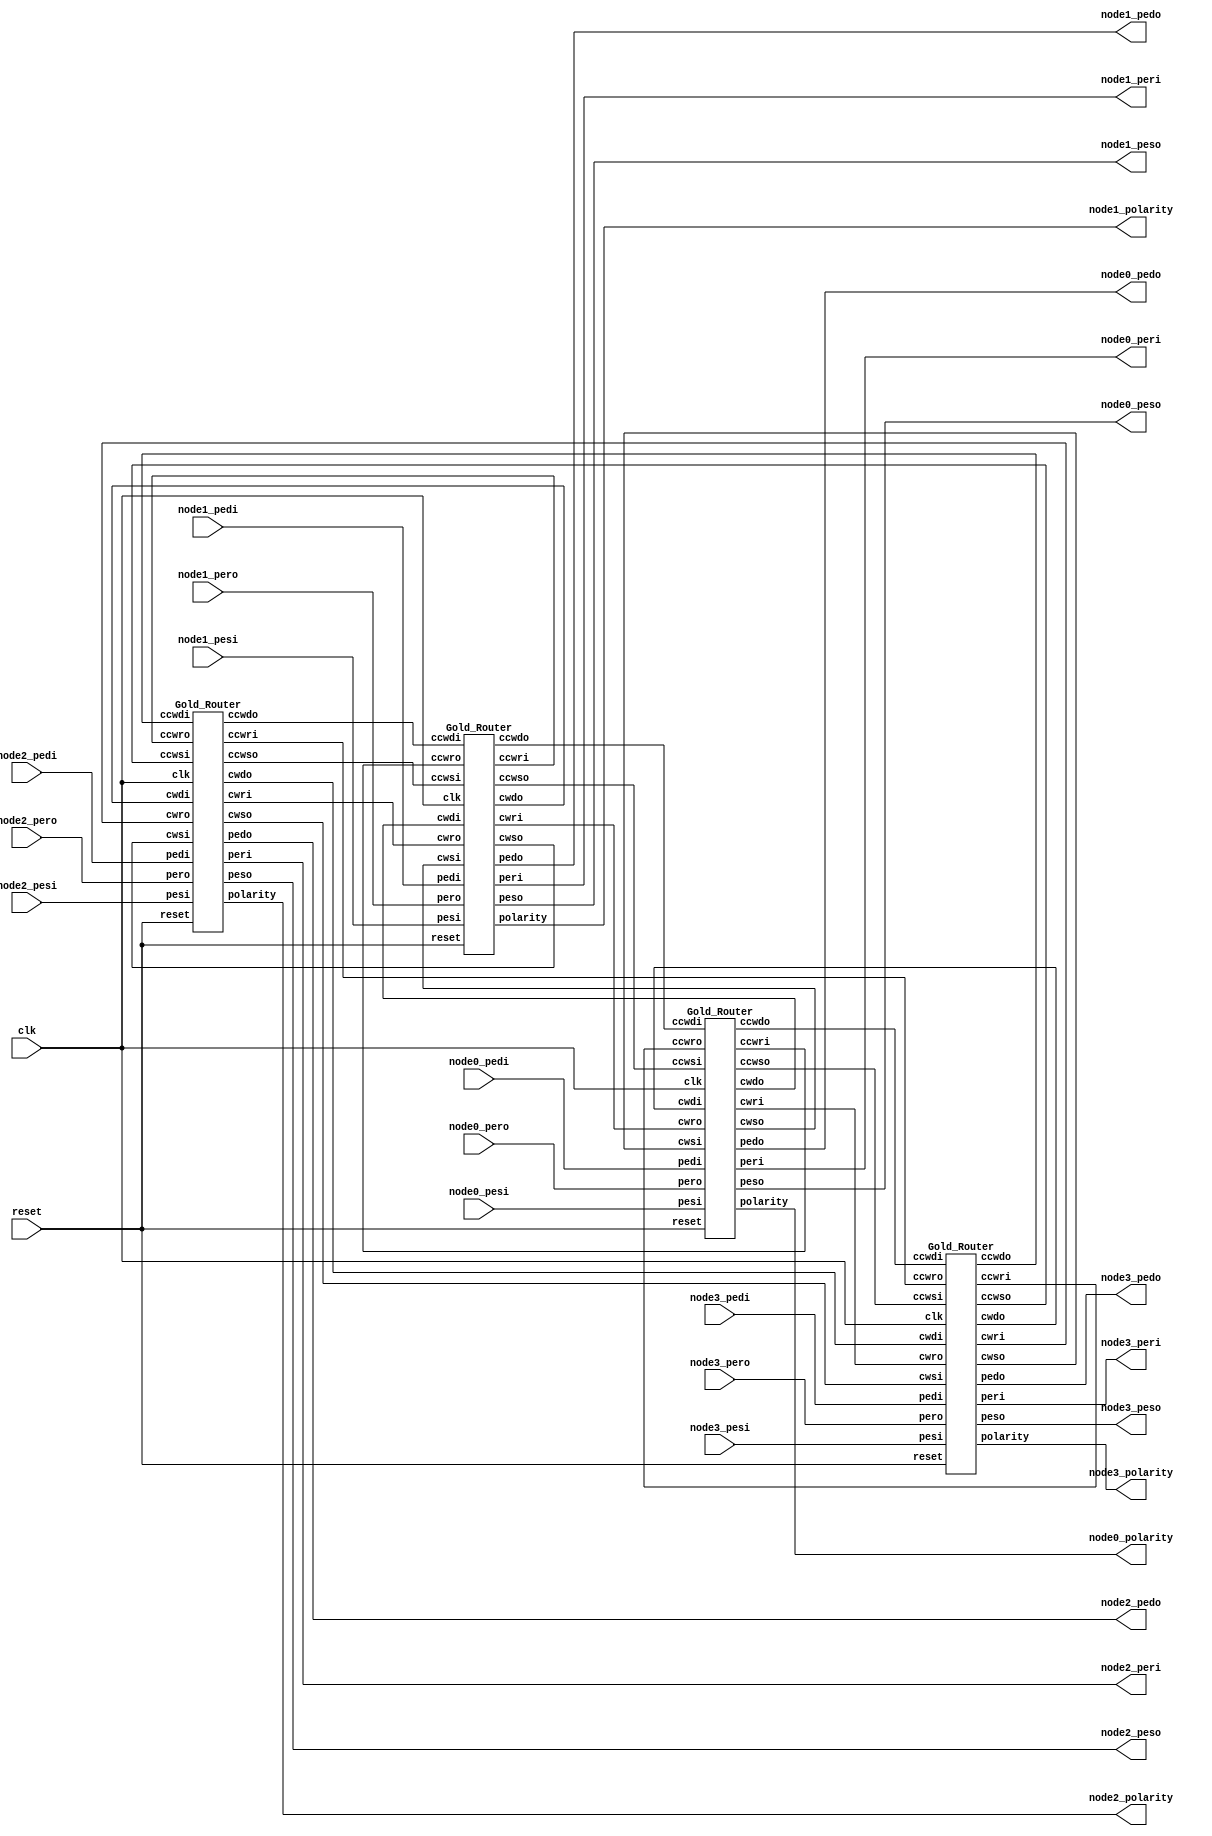
`timescale 1ns/10ps

// Top Module
module Gold_Router_Ring #(
	parameter DEPTH = 1,
	parameter WIDTH = 64)
	(
	input clk, reset,
	output wire node0_polarity, node1_polarity, node2_polarity, node3_polarity,
	
	input node0_pesi,
	output wire node0_peri,
	input [63:0] node0_pedi,
	output wire node0_peso,
	input node0_pero,
	output wire [63:0] node0_pedo,
	
	input node1_pesi,
	output wire node1_peri,
	input [63:0] node1_pedi,
	output wire node1_peso,
	input node1_pero,
	output wire [63:0] node1_pedo,
	
	input node2_pesi,
	output wire node2_peri,
	input [63:0] node2_pedi,
	output wire node2_peso,
	input node2_pero,
	output wire [63:0] node2_pedo,
	
	input node3_pesi,
	output wire node3_peri,
	input [63:0] node3_pedi,
	output wire node3_peso,
	input node3_pero,
	output wire [63:0] node3_pedo
	);
	
	// node0 nets
	wire node0_cwri, node0_ccwso, node0_cwso, node0_ccwri;
	wire [63:0] node0_ccwdo, node0_cwdo;
	
	// node1 nets
	wire node1_cwri, node1_ccwso, node1_cwso, node1_ccwri;
	wire [63:0] node1_ccwdo, node1_cwdo;
	
	// node2 nets
	wire node2_cwri, node2_ccwso, node2_cwso, node2_ccwri;
	wire [63:0] node2_ccwdo, node2_cwdo;
	
	// node3 nets
	wire node3_cwri, node3_ccwso, node3_cwso, node3_ccwri;
	wire [63:0] node3_ccwdo, node3_cwdo;
	
	Gold_Router 
	node0(.clk(clk), .reset(reset), .polarity(node0_polarity), .pesi(node0_pesi), .peri(node0_peri), .pedi(node0_pedi), .peso(node0_peso), .pero(node0_pero), .pedo(node0_pedo), .cwsi(node3_cwso), .cwri(node0_cwri), .cwdi(node3_cwdo), .ccwso(node0_ccwso), .ccwro(node3_ccwri), .ccwdo(node0_ccwdo), .cwso(node0_cwso), .cwro(node1_cwri), .cwdo(node0_cwdo), .ccwsi(node1_ccwso), .ccwri(node0_ccwri), .ccwdi(node1_ccwdo));
	
	Gold_Router 
	node1(.clk(clk), .reset(reset), .polarity(node1_polarity), .pesi(node1_pesi), .peri(node1_peri), .pedi(node1_pedi), .peso(node1_peso), .pero(node1_pero), .pedo(node1_pedo), .cwsi(node0_cwso), .cwri(node1_cwri), .cwdi(node0_cwdo), .ccwso(node1_ccwso), .ccwro(node0_ccwri), .ccwdo(node1_ccwdo), .cwso(node1_cwso), .cwro(node2_cwri), .cwdo(node1_cwdo), .ccwsi(node2_ccwso), .ccwri(node1_ccwri), .ccwdi(node2_ccwdo));
	
	Gold_Router  
	node2(.clk(clk), .reset(reset), .polarity(node2_polarity), .pesi(node2_pesi), .peri(node2_peri), .pedi(node2_pedi), .peso(node2_peso), .pero(node2_pero), .pedo(node2_pedo), .cwsi(node1_cwso), .cwri(node2_cwri), .cwdi(node1_cwdo), .ccwso(node2_ccwso), .ccwro(node1_ccwri), .ccwdo(node2_ccwdo), .cwso(node2_cwso), .cwro(node3_cwri), .cwdo(node2_cwdo), .ccwsi(node3_ccwso), .ccwri(node2_ccwri), .ccwdi(node3_ccwdo));
	
	Gold_Router  
	node3(.clk(clk), .reset(reset), .polarity(node3_polarity), .pesi(node3_pesi), .peri(node3_peri), .pedi(node3_pedi), .peso(node3_peso), .pero(node3_pero), .pedo(node3_pedo), .cwsi(node2_cwso), .cwri(node3_cwri), .cwdi(node2_cwdo), .ccwso(node3_ccwso), .ccwro(node2_ccwri), .ccwdo(node3_ccwdo), .cwso(node3_cwso), .cwro(node0_cwri), .cwdo(node3_cwdo), .ccwsi(node0_ccwso), .ccwri(node3_ccwri), .ccwdi(node0_ccwdo));
endmodule

// Single Router
module Gold_Router #(
	parameter DEPTH = 1,
	parameter WIDTH = 64)
	(
	input clk, reset,
	output reg polarity,
	input cwsi, ccwsi, pesi,
	output reg cwri, ccwri, peri,
	input [63:0] cwdi, ccwdi, pedi,
	output reg cwso, ccwso, peso,
	input cwro, ccwro, pero,
	output reg [63:0] cwdo, ccwdo, pedo);
	
	reg[63:0] cwdi_int, ccwdi_int, pedi_int;	// Internal data signals
	reg cwdi_int_empty, ccwdi_int_empty, pedi_int_empty, cwdo_int_full, ccwdo_int_full, pedo_int_full;	// Internal Full/Empty
	wire [7:0] cwdi_int_hop, ccwdi_int_hop, pedi_int_hop;	// Hop Count
	wire [7:0] cwdi_int_hop_minus_one, ccwdi_int_hop_minus_one, pedi_int_hop_minus_one;	// Hop Count Minus One
	
	// data[63] vc;
	// data[62] dir;
	// data[61:56] reserved;
	// data[55:48] hop_count;
	// data[47:32] source;
	// data[31:0] payload;
	
	// Input Buffers
	reg write_cwdi_0, read_cwdi_0;
	wire empty_cwdi_0, full_cwdi_0;
	wire [63:0] Dout_cwdi_0;
	reg write_cwdi_1, read_cwdi_1;
	wire empty_cwdi_1, full_cwdi_1;
	wire [63:0] Dout_cwdi_1;
	
	reg write_ccwdi_0, read_ccwdi_0;
	wire empty_ccwdi_0, full_ccwdi_0;
	wire [63:0] Dout_ccwdi_0;
	reg write_ccwdi_1, read_ccwdi_1;
	wire empty_ccwdi_1, full_ccwdi_1;
	wire [63:0] Dout_ccwdi_1;
	
	reg write_pedi_0, read_pedi_0;
	wire empty_pedi_0, full_pedi_0;
	wire [63:0] Dout_pedi_0;
	reg write_pedi_1, read_pedi_1;
	wire empty_pedi_1, full_pedi_1;
	wire [63:0] Dout_pedi_1;
	
	// Output Buffers
	reg write_cwdo_0, read_cwdo_0;
	wire empty_cwdo_0, full_cwdo_0;
	reg [63:0] Din_cwdo_0;
	wire [63:0] Dout_cwdo_0;
	reg write_cwdo_1, read_cwdo_1;
	wire empty_cwdo_1, full_cwdo_1;
	reg [63:0] Din_cwdo_1;
	wire [63:0] Dout_cwdo_1;
	
	reg write_ccwdo_0, read_ccwdo_0;
	wire empty_ccwdo_0, full_ccwdo_0;
	reg [63:0] Din_ccwdo_0;
	wire [63:0] Dout_ccwdo_0;
	reg write_ccwdo_1, read_ccwdo_1;
	wire empty_ccwdo_1, full_ccwdo_1;
	reg [63:0] Din_ccwdo_1; 
	wire [63:0] Dout_ccwdo_1;
	
	reg write_pedo_0, read_pedo_0;
	wire empty_pedo_0, full_pedo_0;
	reg [63:0] Din_pedo_0;
	wire [63:0] Dout_pedo_0;
	reg write_pedo_1, read_pedo_1;
	wire empty_pedo_1, full_pedo_1;
	reg [63:0] Din_pedo_1;
	wire [63:0] Dout_pedo_1;
	
	
	// Input Buffers
	Buffer 
	cwdi_0(.clk(clk), .reset(reset), .write(write_cwdi_0), .read(read_cwdi_0), .Din(cwdi[63:0]), .empty(empty_cwdi_0), .full(full_cwdi_0), .Dout(Dout_cwdi_0));
	Buffer
	cwdi_1(.clk(clk), .reset(reset), .write(write_cwdi_1), .read(read_cwdi_1), .Din(cwdi[63:0]), .empty(empty_cwdi_1), .full(full_cwdi_1), .Dout(Dout_cwdi_1));
	
	Buffer 
	ccwdi_0(.clk(clk), .reset(reset), .write(write_ccwdi_0), .read(read_ccwdi_0), .Din(ccwdi[63:0]), .empty(empty_ccwdi_0), .full(full_ccwdi_0), .Dout(Dout_ccwdi_0));
	Buffer
	ccwdi_1(.clk(clk), .reset(reset), .write(write_ccwdi_1), .read(read_ccwdi_1), .Din(ccwdi[63:0]), .empty(empty_ccwdi_1), .full(full_ccwdi_1), .Dout(Dout_ccwdi_1));
	
	Buffer 
	pedi_0(.clk(clk), .reset(reset), .write(write_pedi_0), .read(read_pedi_0), .Din(pedi[63:0]), .empty(empty_pedi_0), .full(full_pedi_0), .Dout(Dout_pedi_0));
	Buffer
	pedi_1(.clk(clk), .reset(reset), .write(write_pedi_1), .read(read_pedi_1), .Din(pedi[63:0]), .empty(empty_pedi_1), .full(full_pedi_1), .Dout(Dout_pedi_1));
	
	
	
	// Output Buffers
	Buffer 
	cwdo_0(.clk(clk), .reset(reset), .write(write_cwdo_0), .read(read_cwdo_0), .Din(Din_cwdo_0), .empty(empty_cwdo_0), .full(full_cwdo_0), .Dout(Dout_cwdo_0));
	Buffer
	cwdo_1(.clk(clk), .reset(reset), .write(write_cwdo_1), .read(read_cwdo_1), .Din(Din_cwdo_1), .empty(empty_cwdo_1), .full(full_cwdo_1), .Dout(Dout_cwdo_1));
	
	Buffer 
	ccwdo_0(.clk(clk), .reset(reset), .write(write_ccwdo_0), .read(read_ccwdo_0), .Din(Din_ccwdo_0), .empty(empty_ccwdo_0), .full(full_ccwdo_0), .Dout(Dout_ccwdo_0));
	Buffer
	ccwdo_1(.clk(clk), .reset(reset), .write(write_ccwdo_1), .read(read_ccwdo_1), .Din(Din_ccwdo_1), .empty(empty_ccwdo_1), .full(full_ccwdo_1), .Dout(Dout_ccwdo_1));
	
	Buffer 
	pedo_0(.clk(clk), .reset(reset), .write(write_pedo_0), .read(read_pedo_0), .Din(Din_pedo_0), .empty(empty_pedo_0), .full(full_pedo_0), .Dout(Dout_pedo_0));
	Buffer
	pedo_1(.clk(clk), .reset(reset), .write(write_pedo_1), .read(read_pedo_1), .Din(Din_pedo_1), .empty(empty_pedo_1), .full(full_pedo_1), .Dout(Dout_pedo_1));
	
	// Naming principle: req/read_<from_buffer>_<to_buffer>    write_<to_buffer>
	wire req_cwdi_cwdo, req_pedi_cwdo, read_cwdi_cwdo, read_pedi_cwdo, write_cwdo;
	wire req_ccwdi_ccwdo, req_pedi_ccwdo, read_ccwdi_ccwdo, read_pedi_ccwdo, write_ccwdo;
	wire req_cwdi_pedo, req_ccwdi_pedo, read_cwdi_pedo, read_ccwdi_pedo, write_pedo;
	
	Rotating_Prioritizer 
	Arbiter_cwdo(.clk(clk), .reset(reset), .polarity(polarity), .req_0(req_cwdi_cwdo), .req_1(req_pedi_cwdo), .grant_0(read_cwdi_cwdo), .grant_1(read_pedi_cwdo), .write_en(write_cwdo));
	
	Rotating_Prioritizer 
	Arbiter_ccwdo(.clk(clk), .reset(reset), .polarity(polarity), .req_0(req_ccwdi_ccwdo), .req_1(req_pedi_ccwdo), .grant_0(read_ccwdi_ccwdo), .grant_1(read_pedi_ccwdo), .write_en(write_ccwdo));
	
	Rotating_Prioritizer 
	Arbiter_pedo(.clk(clk), .reset(reset), .polarity(polarity), .req_0(req_cwdi_pedo), .req_1(req_ccwdi_pedo), .grant_0(read_cwdi_pedo), .grant_1(read_ccwdi_pedo), .write_en(write_pedo));
	
	// assign req_cwdi_cwdo = ((!cwdi_int_empty) && (cwdi_int_hop != 8'd0) && (!cwdo_int_full));
	assign req_cwdi_cwdo = ((!cwdi_int_empty) && (cwdi_int_hop[1:0] != 2'd0) && (!cwdo_int_full));
	assign req_pedi_cwdo = ((!pedi_int_empty) && (pedi_int[62] == 0) && (!cwdo_int_full));
	
	// assign req_ccwdi_ccwdo = ((!ccwdi_int_empty) && (ccwdi_int_hop != 8'd0) && (!ccwdo_int_full));
	assign req_ccwdi_ccwdo = ((!ccwdi_int_empty) && (ccwdi_int_hop[1:0] != 2'd0) && (!ccwdo_int_full));
	assign req_pedi_ccwdo = ((!pedi_int_empty) && (pedi_int[62] == 1) && (!ccwdo_int_full));
	
	// assign req_cwdi_pedo = ((!cwdi_int_empty) && (cwdi_int_hop == 8'd0) && (!pedo_int_full));
	assign req_cwdi_pedo = ((!cwdi_int_empty) && (cwdi_int_hop[1:0] == 2'd0) && (!pedo_int_full));
	// assign req_ccwdi_pedo = ((!ccwdi_int_empty) && (ccwdi_int_hop == 8'd0) && (!pedo_int_full));
	assign req_ccwdi_pedo = ((!ccwdi_int_empty) && (ccwdi_int_hop[1:0] == 2'd0) && (!pedo_int_full));
	
	assign cwdi_int_hop = cwdi_int[55:48];
	assign ccwdi_int_hop = ccwdi_int[55:48];
	assign pedi_int_hop = pedi_int[55:48];
	// assign cwdi_int_hop_minus_one = cwdi_int_hop - 1;
	// assign ccwdi_int_hop_minus_one = ccwdi_int_hop - 1;
	// assign pedi_int_hop_minus_one = pedi_int_hop - 1;
	assign cwdi_int_hop_minus_one = (cwdi_int_hop >> 1);
	assign ccwdi_int_hop_minus_one = (ccwdi_int_hop >> 1);
	assign pedi_int_hop_minus_one = (pedi_int_hop >> 1);
	
	always@(posedge clk)
	begin
		if(reset)
		begin
			polarity <= 0;
		end
		else
		begin
			polarity <= ~polarity;
		end
	end
	
	// On even clk cycles, packets in even input virtual channels are forwarded to even output virtual channels assuming they are granted, and any packet in an odd output virtual channel is forwarded to the corresponding odd input virtual channel of the next router, assuming the next router indicates it has space. Conversely, on clk odd cycles, packets in odd input virtual channels are forwarded to odd output virtual channels assuming they are granted, and any packet in an even output virtual channel is forwarded to the corresponding even input virtual channel of the next router, assuming the next router indicates it has space.
	
	// External signal control
	always@(*)
	begin
		if(polarity == 0)
		begin
			// Input side readay signal
			cwri = !full_cwdi_1;
			ccwri = !full_ccwdi_1;
			peri = !full_pedi_1;
			// Input side incoming signal
			write_cwdi_0 = 0;
			write_ccwdi_0 = 0;
			write_pedi_0 = 0;
			write_cwdi_1 = cwsi;
			write_ccwdi_1 = ccwsi;
			write_pedi_1 = pesi;
			// Output side outcoming signal
			cwso = (!empty_cwdo_1 && cwro);
			ccwso = (!empty_ccwdo_1 && ccwro);
			peso = (!empty_pedo_1 && pero);
			// cwso = !empty_cwdo_1;
			// ccwso = !empty_ccwdo_1;
			// peso = !empty_pedo_1;
			// Output side ready signal
			read_cwdo_0 = 0;
			read_ccwdo_0 = 0;
			read_pedo_0 = 0;
			read_cwdo_1 = cwro;
			read_ccwdo_1 = ccwro;
			read_pedo_1 = pero;
			// Output data
			cwdo[63:0] = Dout_cwdo_1;
			ccwdo[63:0] = Dout_ccwdo_1;
			pedo[63:0] = Dout_pedo_1;
		end
		else
		begin
			// Input side readay signal
			cwri = !full_cwdi_0;
			ccwri = !full_ccwdi_0;
			peri = !full_pedi_0;
			// Input side incoming signal
			write_cwdi_0 = cwsi;
			write_ccwdi_0 = ccwsi;
			write_pedi_0 = pesi;
			write_cwdi_1 = 0;
			write_ccwdi_1 = 0;
			write_pedi_1 = 0;
			// Output side outcoming signal
			cwso = (!empty_cwdo_0 && cwro);
			ccwso = (!empty_ccwdo_0 && ccwro);
			peso = (!empty_pedo_0 && pero);
			// cwso = !empty_cwdo_0;
			// ccwso = !empty_ccwdo_0;
			// peso = !empty_pedo_0;
			// Output side ready signal
			read_cwdo_0 = cwro;
			read_ccwdo_0 = ccwro;
			read_pedo_0 = pero;
			read_cwdo_1 = 0;
			read_ccwdo_1 = 0;
			read_pedo_1 = 0;
			// Output data
			cwdo[63:0] = Dout_cwdo_0;
			ccwdo[63:0] = Dout_ccwdo_0;
			pedo[63:0] = Dout_pedo_0;
		end
	end
	
	// Internal signal control
	always@(*)
	begin
		if(polarity == 0)
		begin
			// Data signal
			cwdi_int = Dout_cwdi_0;
			ccwdi_int = Dout_ccwdi_0;
			pedi_int = Dout_pedi_0;
			// Sideband signal
			cwdi_int_empty = empty_cwdi_0;
			ccwdi_int_empty = empty_ccwdi_0;
			pedi_int_empty = empty_pedi_0;
			cwdo_int_full = full_cwdo_0;
			ccwdo_int_full = full_ccwdo_0;
			pedo_int_full = full_pedo_0;
			// Channel 1 deafualt read write
			write_cwdo_1 = 0;
			read_cwdi_1 = 0;
			write_ccwdo_1 = 0;
			read_ccwdi_1 = 0;
			write_pedo_1 = 0;
			read_pedi_1 = 0;
			// Channel 0 read write
			write_cwdo_0 = write_cwdo;
			read_cwdi_0 = (read_cwdi_cwdo || read_cwdi_pedo);
			write_ccwdo_0 = write_ccwdo;
			read_ccwdi_0 = ((read_ccwdi_ccwdo) || (read_ccwdi_pedo));
			write_pedo_0 = write_pedo;
			read_pedi_0 = ((read_pedi_cwdo) || (read_pedi_ccwdo));
			// Output default
			// Din_cwdo_1 = 64'hxxxx_xxxx_xxxx_xxxx;
			// Din_ccwdo_1 = 64'hxxxx_xxxx_xxxx_xxxx;
			// Din_pedo_1 = 64'hxxxx_xxxx_xxxx_xxxx;
			Din_cwdo_1 = 64'h0000_0000_0000_0000;
			Din_ccwdo_1 = 64'h0000_0000_0000_0000;
			Din_pedo_1 = 64'h0000_0000_0000_0000;
			// Output Justification
			if((read_cwdi_cwdo == 1) && (read_pedi_cwdo == 0))
			begin
				Din_cwdo_0 = {cwdi_int[63:56], cwdi_int_hop_minus_one, cwdi_int[47:0]};
			end
			else
			begin
				Din_cwdo_0 = {pedi_int[63:56], pedi_int_hop_minus_one, pedi_int[47:0]};
			end
			if((read_ccwdi_ccwdo == 1) && (read_pedi_ccwdo == 0))
			begin
				Din_ccwdo_0 = {ccwdi_int[63:56], ccwdi_int_hop_minus_one, ccwdi_int[47:0]};
			end
			else
			begin
				Din_ccwdo_0 = {pedi_int[63:56], pedi_int_hop_minus_one, pedi_int[47:0]};
			end
			if((read_cwdi_pedo == 1) && (read_ccwdi_pedo == 0))
			begin
				Din_pedo_0 = cwdi_int;
			end
			else
			begin
				Din_pedo_0 = ccwdi_int;
			end
		end
		else
		begin
			cwdi_int = Dout_cwdi_1;
			ccwdi_int = Dout_ccwdi_1;
			pedi_int = Dout_pedi_1;
			// Sideband signal
			cwdi_int_empty = empty_cwdi_1;
			ccwdi_int_empty = empty_ccwdi_1;
			pedi_int_empty = empty_pedi_1;
			cwdo_int_full = full_cwdo_1;
			ccwdo_int_full = full_ccwdo_1;
			pedo_int_full = full_pedo_1;
			// Channel 0 deafualt read write
			write_cwdo_0 = 0;
			read_cwdi_0 = 0;
			write_ccwdo_0 = 0;
			read_ccwdi_0 = 0;
			write_pedo_0 = 0;
			read_pedi_0 = 0;
			// Channel 1 read write
			write_cwdo_1 = write_cwdo;
			read_cwdi_1 = (read_cwdi_cwdo || read_cwdi_pedo);
			write_ccwdo_1 = write_ccwdo;
			read_ccwdi_1 = ((read_ccwdi_ccwdo) || (read_ccwdi_pedo));
			write_pedo_1 = write_pedo;
			read_pedi_1 = ((read_pedi_cwdo) || (read_pedi_ccwdo));
			// Output default
			// Din_cwdo_0 = 64'hxxxx_xxxx_xxxx_xxxx;
			// Din_ccwdo_0 = 64'hxxxx_xxxx_xxxx_xxxx;
			// Din_pedo_0 = 64'hxxxx_xxxx_xxxx_xxxx;
			Din_cwdo_0 = 64'h0000_0000_0000_0000;
			Din_ccwdo_0 = 64'h0000_0000_0000_0000;
			Din_pedo_0 = 64'h0000_0000_0000_0000;
			//Output Justification
			if((read_cwdi_cwdo == 1) && (read_pedi_cwdo == 0))
			begin
				Din_cwdo_1 = {cwdi_int[63:56], cwdi_int_hop_minus_one, cwdi_int[47:0]};
			end
			else
			begin
				Din_cwdo_1 = {pedi_int[63:56], pedi_int_hop_minus_one, pedi_int[47:0]};
			end
			if((read_ccwdi_ccwdo == 1) && (read_pedi_ccwdo == 0))
			begin
				Din_ccwdo_1 = {ccwdi_int[63:56], ccwdi_int_hop_minus_one, ccwdi_int[47:0]};
			end
			else
			begin
				Din_ccwdo_1 = {pedi_int[63:56], pedi_int_hop_minus_one, pedi_int[47:0]};
			end
			if((read_cwdi_pedo == 1) && (read_ccwdi_pedo == 0))
			begin
				// Din_pedo_1 = cwdi_int;
				Din_pedo_1 = {cwdi_int[63:56], cwdi_int_hop_minus_one, cwdi_int[47:0]};
			end
			else
			begin
				// Din_pedo_1 = ccwdi_int;
				Din_pedo_1 = {ccwdi_int[63:56], ccwdi_int_hop_minus_one, ccwdi_int[47:0]};
			end
		end
	end
	

endmodule

module Buffer #(
	parameter DEPTH = 1,		// Buffer Parameters. It's actually a single clk fifo using one extra pointer bit.
	parameter WIDTH = 64,
	parameter PTR_WIDTH = $clog2(DEPTH) + 1)
	(
	input clk, reset,
	input write, read,
	input [WIDTH-1:0] Din,
	output wire empty, full,
	output wire [WIDTH-1:0] Dout);
	
	reg [WIDTH-1:0] buffer [0:DEPTH-1];
	reg [PTR_WIDTH-1:0] wp, rp;
	wire wen, ren;
	
	assign wen = (!full && write);
	assign ren = (!empty && read);
	assign full = ((wp ^ rp) == {1'b1, {PTR_WIDTH-1{1'b0}}});
	assign empty = ((wp ^ rp) == {PTR_WIDTH{1'b0}});
	
	// assign Dout = buffer[rp[PTR_WIDTH-2:0]];		for depth >= 2
	assign Dout = buffer[0];						//for depth = 1
	
	always@(posedge clk)
	begin
		if(reset)
		begin
			wp <= {PTR_WIDTH{1'b0}};
			rp <= {PTR_WIDTH{1'b0}};
		end
		else
		begin
			if(wen)
			begin
				wp <= wp + 1;
				// buffer[wp[PTR_WIDTH-2:0]] <= Din;	for depth >= 2
				buffer[0] <= Din;						//for depth = 1
			end
			if(ren)
			begin
				rp <= rp + 1;
			end
		end
	end
	
endmodule

module Rotating_Prioritizer(
	input clk, reset,
	input polarity,
	input req_0, req_1,
	output reg grant_0, grant_1, write_en);
	
	reg priority_odd, priority_even;
	reg o0, o1;
	wire i0, i1;
	
	assign i0 = o0;
	assign i1 = !o0 && o1;
	
	always@(posedge clk)
	begin
		if(reset)
		begin
			priority_odd <= 0;
			priority_even <= 0;
		end
		else
		begin
			if(polarity == 1)
			begin
				if((grant_0 == 1 && priority_odd == 0) || (grant_1 == 1 && priority_odd == 1))
				begin
					priority_odd <= ~priority_odd;
				end
			end
			else
			begin
				if((grant_0 == 1 && priority_even == 0) || (grant_1 == 1 && priority_even == 1))
				begin
					priority_even <= ~priority_even;
				end
			end
		end
	end
	
	always@(*)
	begin
		write_en = req_0 | req_1;
		if(polarity == 1)
		begin
			if(priority_odd == 0)
			begin
				o0 = req_0;
				o1 = req_1;
				grant_0 = i0;
				grant_1 = i1;
			end
			else
			begin
				o0 = req_1;
				o1 = req_0;
				grant_0 = i1;
				grant_1 = i0;
			end
		end
		else
		begin
			if(priority_even == 0)
			begin
				o0 = req_0;
				o1 = req_1;
				grant_0 = i0;
				grant_1 = i1;
			end
			else
			begin
				o0 = req_1;
				o1 = req_0;
				grant_0 = i1;
				grant_1 = i0;
			end
		end
	end

endmodule